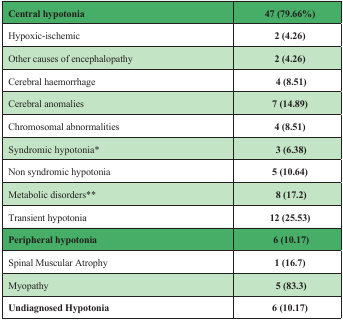
<table><thead><tr><td><b>Central hypotonia</b></td><td><b>47 (79.66%)</b></td></tr></thead><tbody><tr><td>Hypoxic-ischemic</td><td><b>2 (4.26)</b></td></tr><tr><td>Other causes of encephalopathy</td><td><b>2 (4.26)</b></td></tr><tr><td>cerebral haemorrhage</td><td><b>4 (8.51)</b></td></tr><tr><td>Cerebral anomalies</td><td><b>7 (14.89)</b></td></tr><tr><td>Chromosomal abnormalities</td><td><b>4 (8.51)</b></td></tr><tr><td>Syndromic hypotonia*</td><td><b>3 (6.38)</b></td></tr><tr><td>Non syndromic hypotonia</td><td><b>5 (10.64)</b></td></tr><tr><td>Metabolic disorders**</td><td><b>8 (17.2)</b></td></tr><tr><td>Transient hypotonia</td><td><b>12 (25.53)</b></td></tr><tr><td><b>Peripheral hypotonia</b></td><td><b>6 (10.17)</b></td></tr><tr><td>Spinal Muscular Atrophy</td><td><b>1 (16.7)</b></td></tr><tr><td>Myopathy</td><td><b>5 (83.3)</b></td></tr><tr><td><b>Undiagnosed Hypotonia</b></td><td><b>6 (10.17)</b></td></tr></tbody></table>